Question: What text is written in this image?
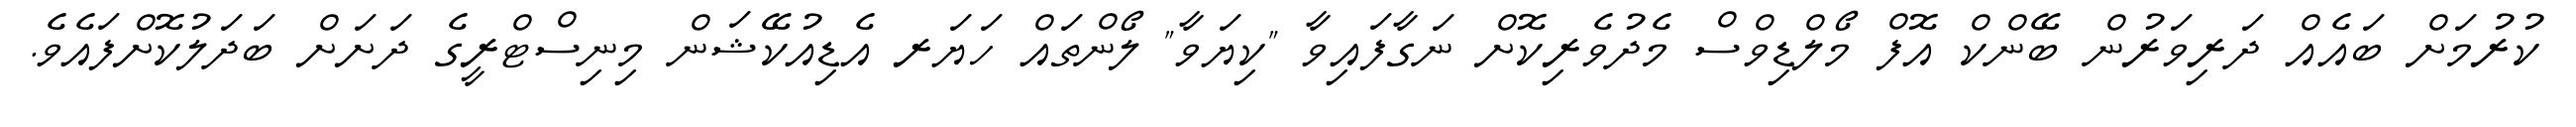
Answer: ކުރުމަށް ބައެއް ދަރިވަރުން ބޭންކް އޮފް މޯލްޑިވްސް މެދުވެރިކޮށް ނަގާފައިވާ "ކިޔަވާ" ލޯންތައް ހަޔަރ އެޑިއުކޭޝަން މިނިސްޓްރީގެ ދަށަށް ބަދަލުކޮށްފައެވެ.